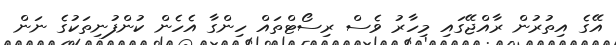
އޭގެ އިތުރުން ރާއްޖޭގައި މިހާރު ވެސް ރިސޯޓްތައް ހިންގާ އެހެން ކުންފުނިތަކުގެ ނަން